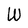
Character: W